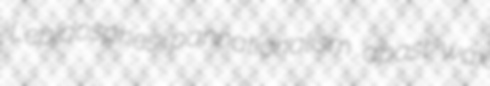
Lepidosphes pannationalism apast wax